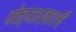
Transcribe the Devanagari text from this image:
पोत्याखाली